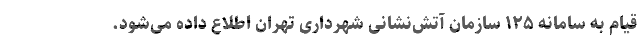
قیام به سامانه ۱۲۵ سازمان آتش‌نشانی شهرداری تهران اطلاع داده می‌شود.